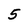
Character: 5